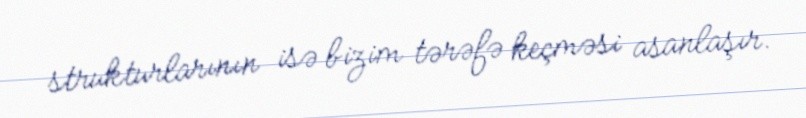
strukturlarının isə bizim tərəfə keçməsi asanlaşır.